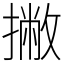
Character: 撇